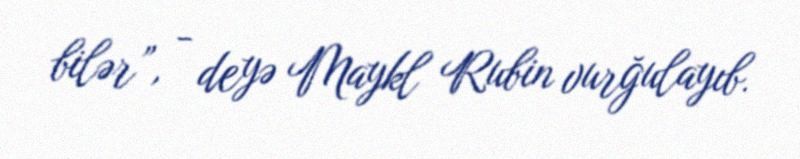
bilər”, - deyə Maykl Rubin vurğulayıb.